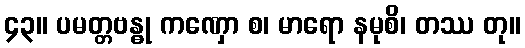
၄၃။ ပမတ္တဗန္ဓု ကဏှော စ၊ မာရော နမုစိ၊ တဿ တု။